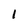
Character: 1